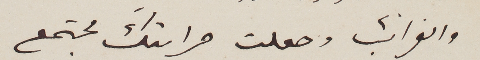
والغرائب وجعلت مرايتك مجتمع